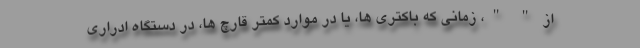
از " "، زمانی که باکتری ها، یا در موارد کمتر قارچ ها، در دستگاه ادراری